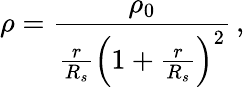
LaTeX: \rho=\frac{\rho_{0}}{\frac{r}{R_{s}}\Big(1+\frac{r}{R_{s}}\Big)^{2}}\, ,